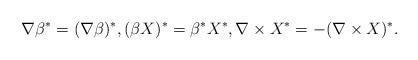
LaTeX: \begin{align*}\nabla \beta^* = (\nabla \beta)^*,(\beta X)^* = \beta^* X^*,\nabla\times X^* = - (\nabla\times X)^*.\end{align*}